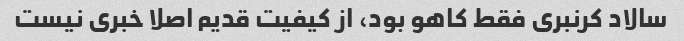
سالاد کرنبری فقط کاهو بود، از کیفیت قدیم اصلا خبری نیست